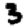
Digit: 3